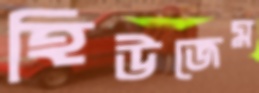
হিউজেম